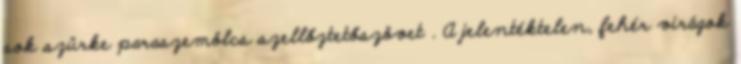
sok szürke paraszemölcs szellőztetőszövet . A jelentéktelen, fehér virágok